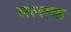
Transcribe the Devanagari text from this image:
सलाक